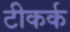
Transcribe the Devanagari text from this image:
टीकर्क